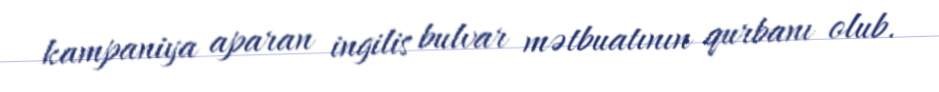
kampaniya aparan ingilis bulvar mətbuatının qurbanı olub.